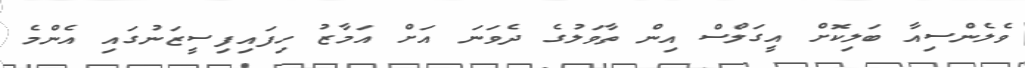
ވެލެންސިއާ ބަލިކޮށް އީގަލްސް އިން ތާވަލުގެ ދެވަނަ އަށް އަމާޒު ހިފައިފިސީޒަނުގައި އެންމެ